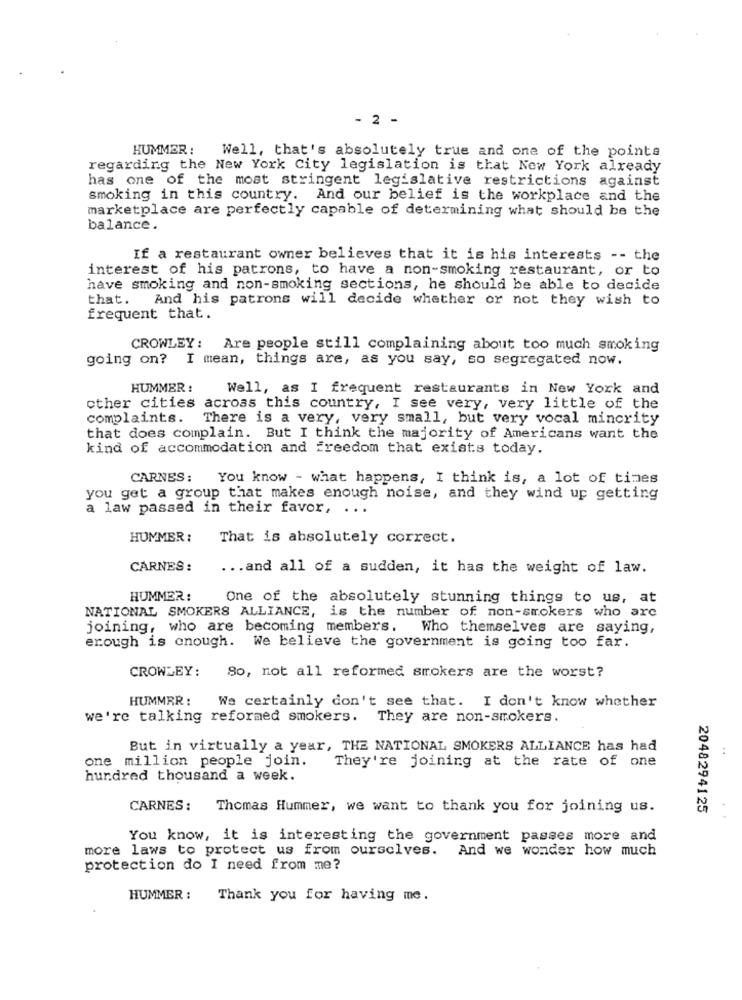
- 2 -
HUMMER :
Well, that's absolutely true and one of the points
regarding the New York City legislation is that New York already
has one of the most stringent legislative restrictions against
smoking in this country. And our belief is the workplace and the
marketplace are perfectly capable of determining what should be the
balance.
If a restaurant owner believes that it is his interests -- the
interest of his patrons, to have a non-smoking restaurant, or to
have smoking and non-smoking sections, he should be able to decide
that.
And his patrons will decide whether or not they wish to
frequent that.
CROWLEY: Are people still complaining about too much smoking
going on? I mean, things are, as you say, so segregated now.
HUMMER :
Well, as I frequent restaurants in New York and
other cities across this country, I see very, very little of the
complaints. There is a very, very small, but very vocal minority
that does complain. But I think the majority of Americans want the
kind of accommodation and freedom that exists today.
CARNES :
You know - what happens, I think is, a lot of times
you get a group that makes enough noise, and they wind up getting
a law passed in their favor, . ..
HUMMER :
That is absolutely correct.
CARNES :
... and all of a sudden, it has the weight of law.
HUMMER :
One of the absolutely stunning things to us, at
NATIONAL SMOKERS ALLIANCE, is the number of non-smokers who are
joining, who are becoming members. Who themselves are saying,
erough is enough. We believe the government is going too far.
CROWLEY:
80, not all reformed smokers are the worst?
HUMMER:
We certainly don't see that. I don't know whether
we're talking reformed smokers. They are non-smokers.
But in virtually a year, THE NATIONAL SMOKERS ALLIANCE has had
..
one million people join.
They're joining at the rate of one
hundred thousand a week.
CARNES :
Thomas Hummer, we want to thank you for joining us.
2048294125
You know, it is interesting the government passes more and
more laws to protect us from ourselves.
And we wonder how much
protection do I need from me?
HUMMER :
Thank you for having me.